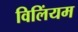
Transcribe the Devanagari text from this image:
विलिंयम